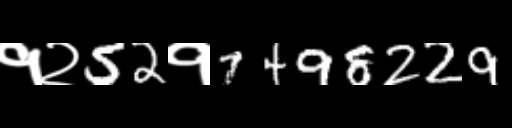
Text: १२52१7498229